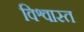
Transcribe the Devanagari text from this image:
विश्वास्त